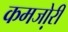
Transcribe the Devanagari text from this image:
कमजो़री